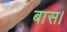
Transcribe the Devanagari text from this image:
बास।